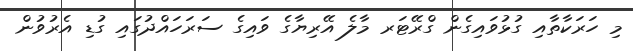
މި ހަރަކާތާއި ގުޅުވައިގެން ގްރޭޓަރ މާލެ އޭރިޔާގެ ވައިގެ ސަރަހައްދުގައި ގުޑި އެރުވުން